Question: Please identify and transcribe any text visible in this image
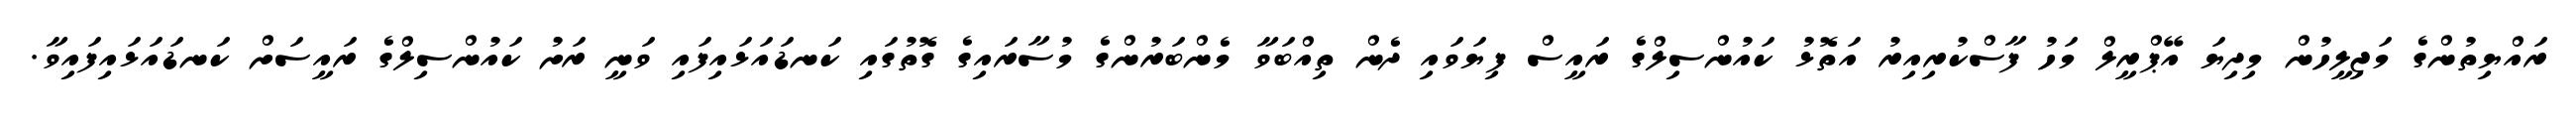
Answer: ރައްޔިތުންގެ މަޖިލީހުން މިދިޔަ އޭޕްރީލް މަހު ފާސްކުރިއިރު އަތޮޅު ކައުންސިލްގެ ރައީސް ފިޔަވައި ދެން ތިއްބަވާ މެންބަރުންގެ މުސާރައިގެ ގޮތުގައި ކަނޑައަޅައިފައި ވަނީ ރަށު ކައުންސިލްގެ ރައީސަށް ކަނޑައަޅައިފައިވާ.